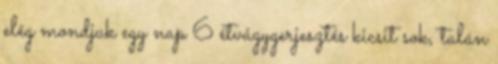
elég mondjuk egy nap 6 étvágygerjesztés kicsit sok, talán